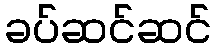
ခပ်ဆင်ဆင်